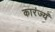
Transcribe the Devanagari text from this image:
कारंज्यं